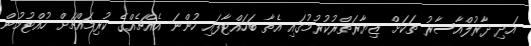
އަދި ދާރުލްއާސާރު ތަކަށް ޒިޔާރަތްރުކުރުމުގައި އެތާ ބަހައްޓާފައި ހުންނަ އެއްޗެއްގެ ކުރިމައްޗަށް ހުއްޓުމުން